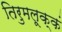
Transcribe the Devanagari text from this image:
तिरुमलूक्कं